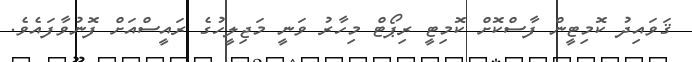
ޤަވައިދު ކޮމިޓީން ފާސްކޮށް ކޮމިޓީ ރިޕޯޓް މިހާރު ވަނީ މަޖިލީހުގެ ރައީސްއަށް ފޮނުވާފައެވެ.